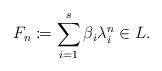
LaTeX: \begin{align*} F_n\coloneqq \sum_{i=1}^s \beta_i \lambda_i^n\in L. \end{align*}